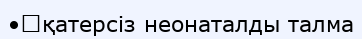
•	қатерсіз неонаталды талма